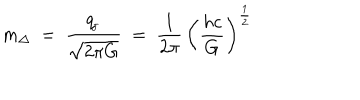
m _ { \Delta } \ = \ \frac { q _ { \! _ { J } } } { \sqrt { 2 \pi G } } \ = \ \frac { 1 } { 2 \pi } \, \left( { \frac { h c } { G } } \right) ^ { \frac { 1 } { 2 } }